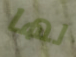
لها